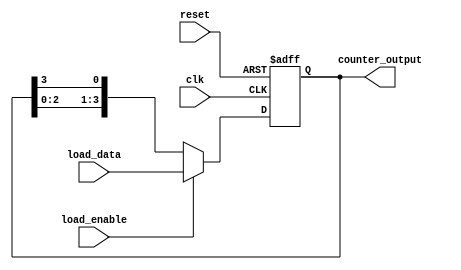
module loadable_ring_counter #(
    parameter N = 4  // Number of bits in the counter
)(
    input wire clk,                // Clock signal
    input wire reset,              // Asynchronous reset signal
    input wire load_enable,        // Load enable signal
    input wire [N-1:0] load_data,  // Data to load into the counter
    output reg [N-1:0] counter_output // Current state of the counter
);

    // Internal signal to hold the next state
    reg [N-1:0] next_state;

    always @(posedge clk or posedge reset) begin
        if (reset) begin
            // Asynchronous reset
            counter_output <= {N{1'b0}}; // Set all bits to 0
        end else if (load_enable) begin
            // Load new data into the counter
            counter_output <= load_data;
        end else begin
            // Shift the counter in a ring manner
            next_state = {counter_output[N-2:0], counter_output[N-1]};
            counter_output <= next_state;
        end
    end

endmodule